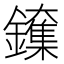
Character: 𲇨